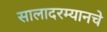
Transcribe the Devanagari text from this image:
सालादरम्यानचे